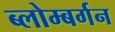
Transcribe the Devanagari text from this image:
ब्लोम्बर्गन